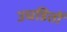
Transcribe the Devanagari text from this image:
उघडितों